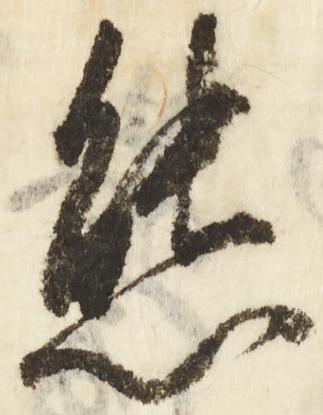
態